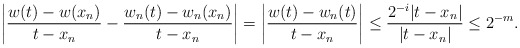
\begin{align*}\left|\frac{w(t) - w(x_n)}{t-x_n} - \frac{w_n (t) - w_n (x_n)}{t-x_n} \right| = \left| \frac{w(t) - w_n (t)}{t-x_n} \right| \leq \frac{2^{-i}|t- x_n|}{|t-x_n|} \leq2^{-m}.\end{align*}